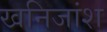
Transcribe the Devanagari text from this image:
खनिजांश